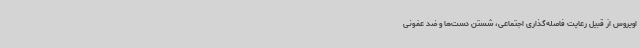
اویروس از قبیل رعایت فاصله‌گذاری اجتماعی، شستن دست‌ها و ضد عفونی